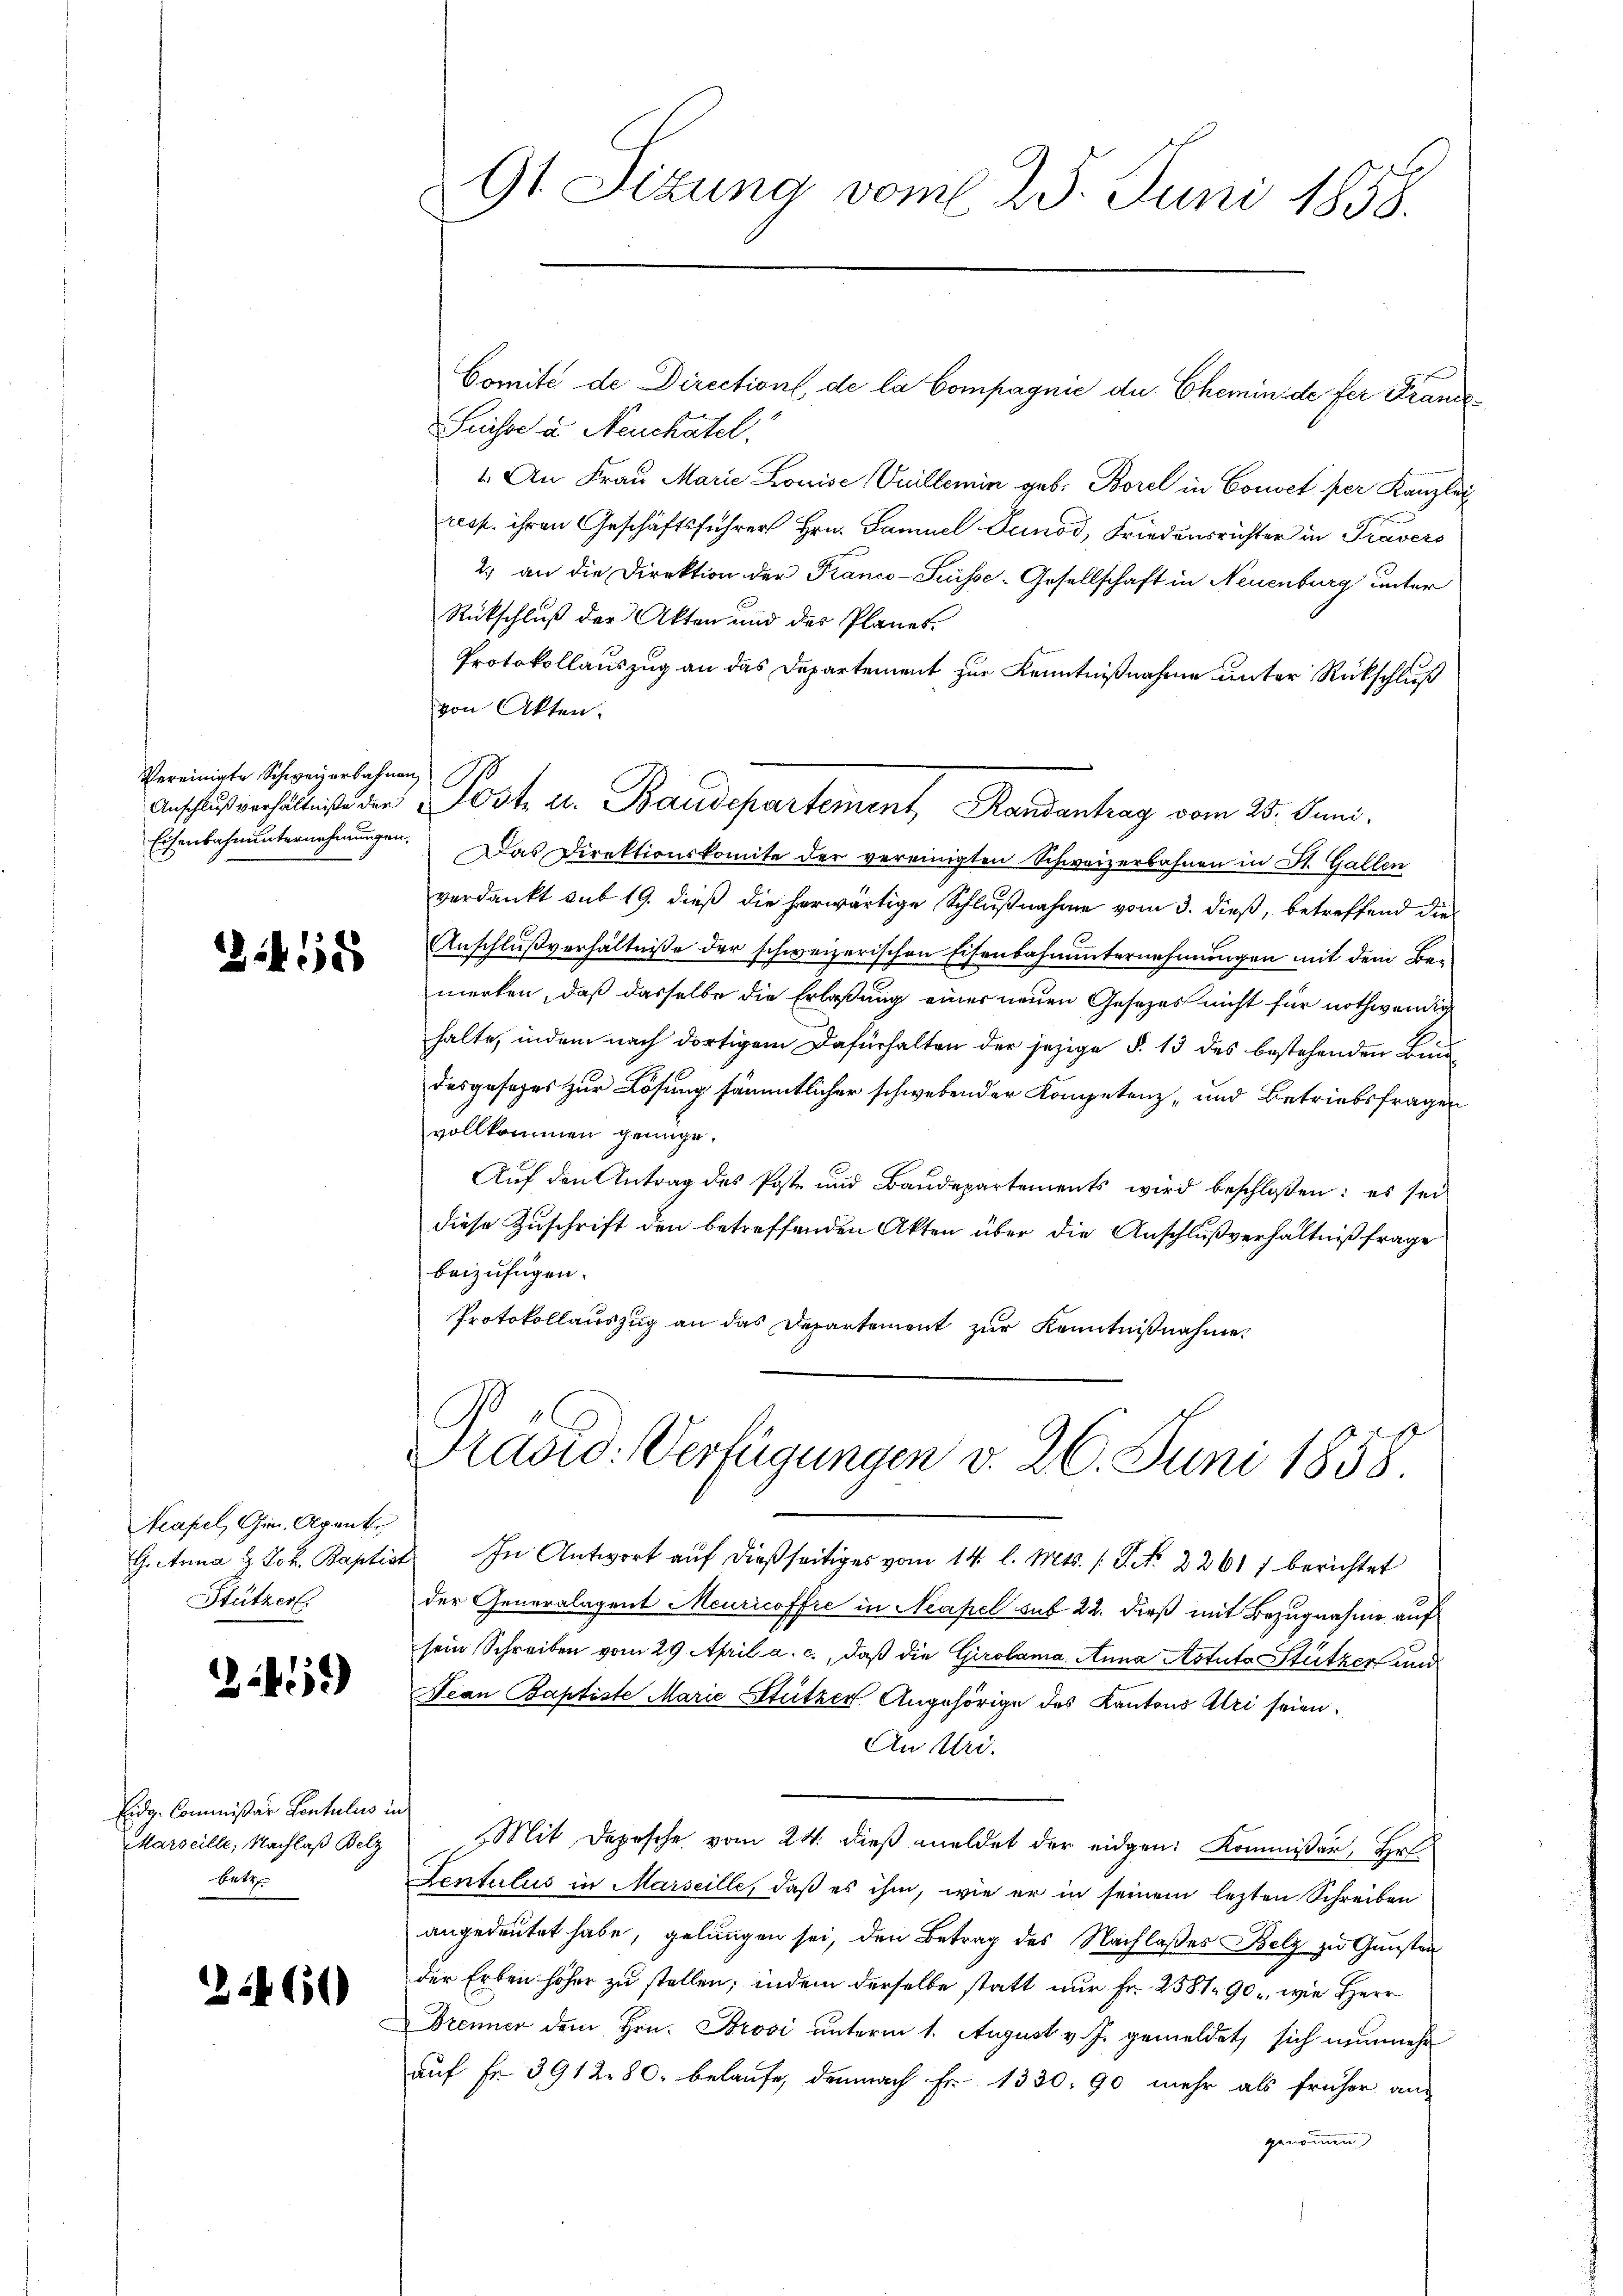
Vereinigte Schweizerbahnen
Eisenbahnunternehmungen.

3458

Meapel, Gen. Alpenkr
Stützer.

2459)

Eidg. Commißär Sentulus in
Marseille, Nachlaß Belz
bette

2460

91 Sizung vom 25. Juni 1858.

Comité de Direction de la Compagnie de Chemin de fer Frande¬
Suisse u. Neuchatel
1. An Frau Marie Louise (Vuillemin geb. Borel in Couvel per Kanzley
resp. ihren Geschäftsführer Hrn. Samuel Deinod, Friedensrichter in Travers
2.) an die Direktion der Franco-Suisse-Gesellschaft in Neuenburg unter
Rückschluß der Akten und des Planes.
Protokollauszug an das Departement zur Kenntnißnahme unter Rückschluß
von Akten.
Das Direktionskomite der vereinigten Schweizerbahnen in St. Gallen
verdankt sub 19. dieß die herwärtige Schlußnahme vom 3. dieß, betreffend die
Anschlußverhältnisse der schweizerischen Eisenbahnunternehmungen mit dem Bemerken, daß dasselbe die Erlaßung einer neuen Gesetzes nicht für nothwendig
halte, indem nach dortigem Dafürhalten der jezige §. 13 des bestehenden Bund
desgesezes zur Lösung sämmtlicher schwebender Kompetenz- und Betriebsfragen
vollkommen genüge.
Auf den Antrag des Poste und Baudepartements wird beschloßen: es sei
diese Zuschrift den betreffenden Akten über die Anschlußverhältniß frage
beizufügen.
Protokollauszug an das Departement zur Kenntnißnahme

Anschlußverhältnisse der Post ab. Baudepartement, Randantrag vom 25. Juni.

Gianna H. Joh. Baptist. In Antwort aŭf dießseitiges vom 14. l. Mts. (T. N. 22617 berichtet
der Generalagent Meuricoffre in Neapel sub 22. dieß mit Bezugnahme auf
sein Schreiben vom 29. April a. c., daß die Girolama Anna Astuta Stützer und
Jean Baptiste Marie Stützer Angehörige des Kantons Alri seien.
An Uri.
s
Mit Depesche vom 24. dieß meldet der eidgen: Kommissär, Hr.
Lentulus in Marseille, daß es ihm, wie er in seinem lezten Schreiben
angedeutet habe, gelungen sei, den Betrag des Nachlaßes Belz zu Gunsten
der Erben höher zu stellen; indem derselbe statt nur Fr. 258190, wie Herr
Brenner dem Hrn. Brosi unterm 1. August v. J. gemeldet, sich nunmehr
auf Fr. 391280. belaufe, demnach Fr. 1330. 90 mehr als früher aus
genommen

Ravio: Verfügungen v. 26. Juni 1858